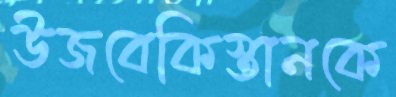
উজবেকিস্তানকে